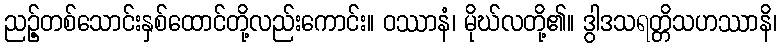
ညဉ့်တစ်သောင်းနှစ်ထောင်တို့လည်းကောင်း။ ဝဿာနံ၊ မိုဃ်လတို့၏။ ဒွါဒသရတ္တိသဟဿာနိ၊